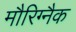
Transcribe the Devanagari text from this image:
मौरिग्नैक